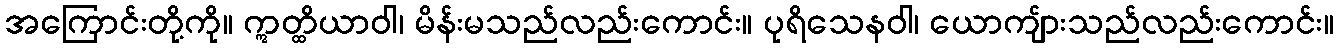
အကြောင်းတို့ကို။ ဣတ္ထိယာဝါ၊ မိန်းမသည်လည်းကောင်း။ ပုရိသေနဝါ၊ ယောကျ်ားသည်လည်းကောင်း။